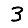
Digit: 3